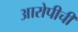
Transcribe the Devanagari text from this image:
आरोपीची